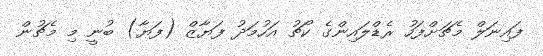
ފައިނަލް މެޗަށްފަހު ރެޑްލައިންގެ ކޯޗު އަހުމަދު ފަޔާޒް (ފަޔާ) ބުނީ މި މެޗުން